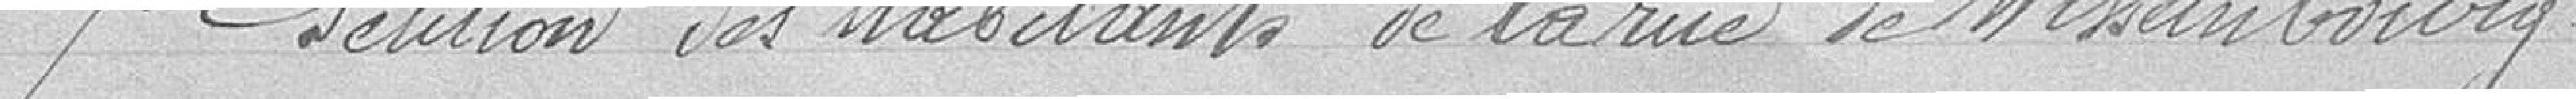
7°. Pétition des habitants de la rue de Wissembourg.